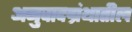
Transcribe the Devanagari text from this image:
अनुवादग्रंथातील